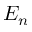
E _ { n }